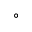
^ { \circ }